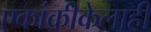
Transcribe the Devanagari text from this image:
एकांकीकेलाही